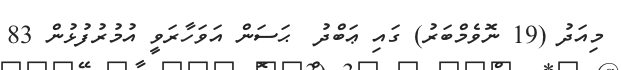
މިއަދު (19 ނޮވެމްބަރު) ގައި ޢަބްދު  ޙަސަން އަވަހާރަވީ އުމުރުފުޅުން 83